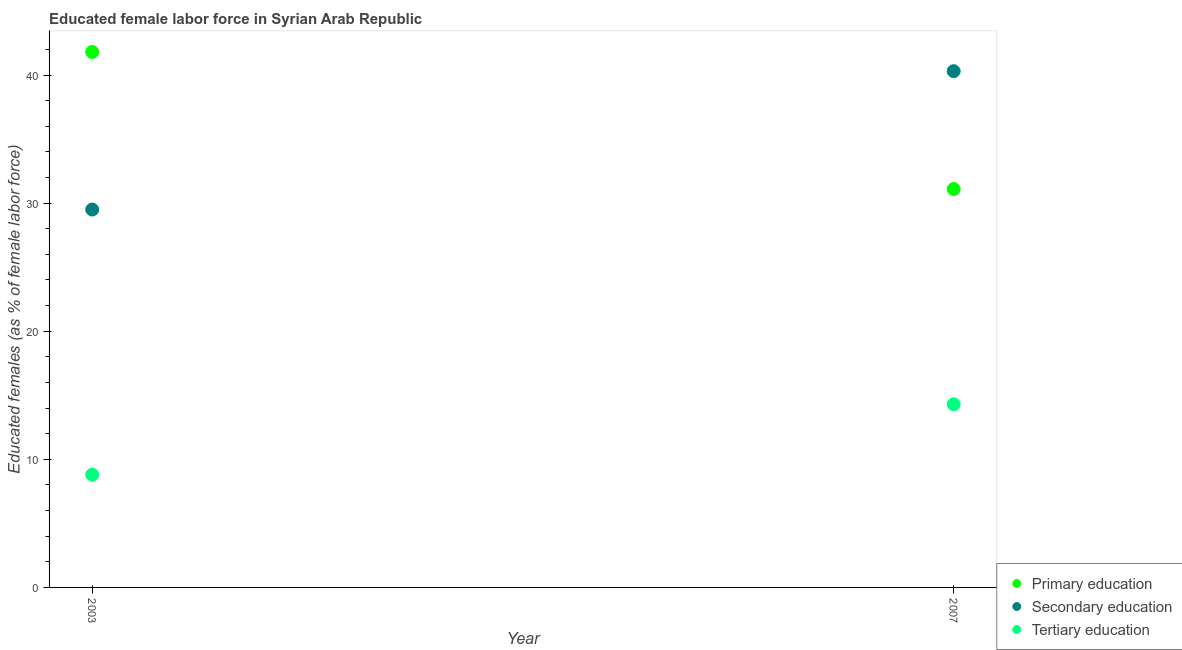
| Year | Primary education | Secondary education | Tertiary education |
 | --- | --- | --- | --- |
 | 2003 | 41.8 | 29.5 | 8.8 |
 | 2007 | 31.1 | 40.3 | 14.3 |